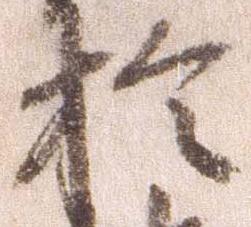
於